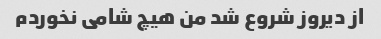
از دیروز شروع شد من هیچ شامی نخوردم